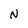
Character: N